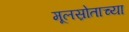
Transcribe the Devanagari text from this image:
मूलस्रोताच्या